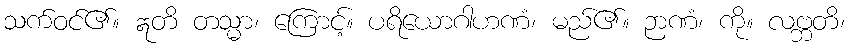
သက်ဝင်၏။ ဣတိ တသ္မာ၊ ကြောင့်။ ပရိယောဂါဟဏံ၊ မည်၏။ ဉာဏံ၊ ကို။ လဗ္ဘတိ၊